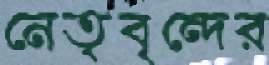
নেতৃবৃন্দের